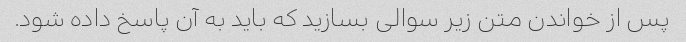
پس از خواندن متن زیر سوالی بسازید که باید به آن پاسخ داده شود.